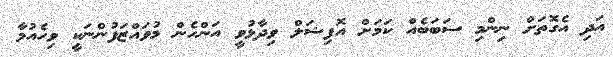
އަދި އެގޮތަށް ނިންމި ސަބަބެއް ކަމަށް އޮފިޝަލް ވިދާޅުވީ އަންހެން މުވައްޒަފުންނަކީ ވިހެއުމާ